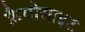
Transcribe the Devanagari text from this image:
फ़ैगोसाइट